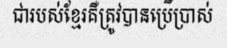
ជារបស់ខ្មែរគឺត្រូវបានប្រើប្រាស់